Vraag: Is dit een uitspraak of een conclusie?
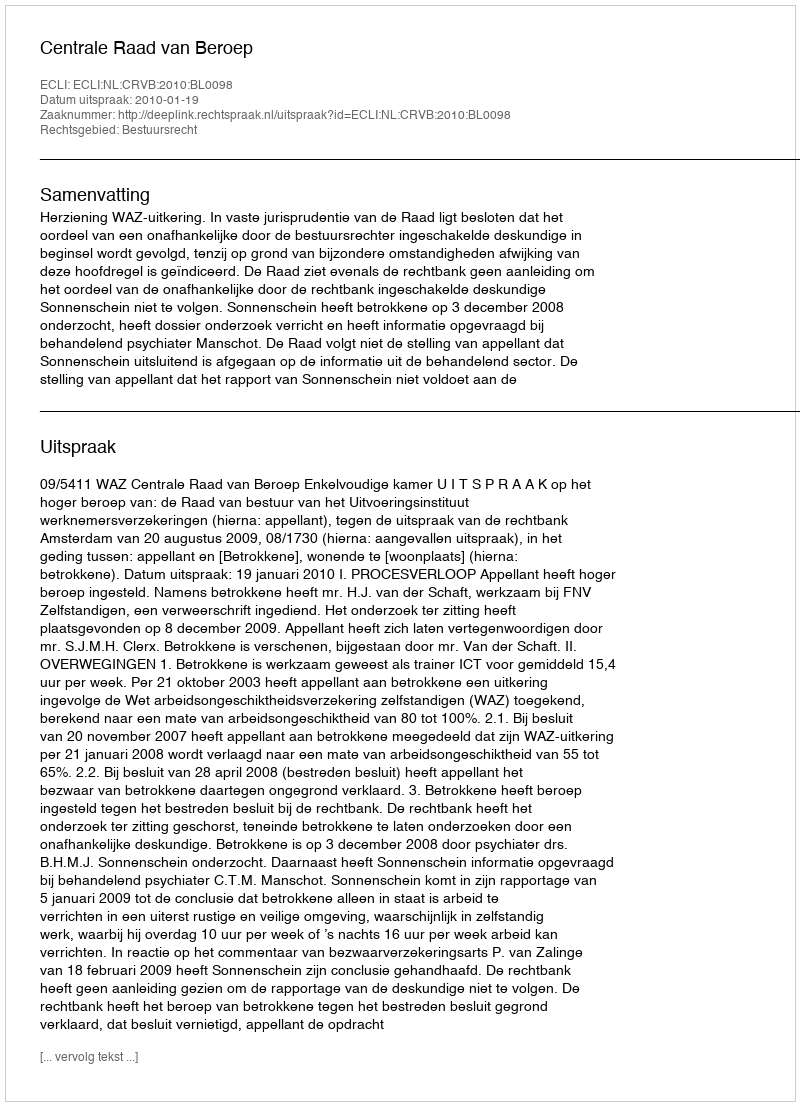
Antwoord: Uitspraak